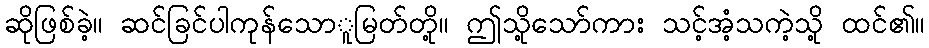
ဆိုဖြစ်ခဲ့။ ဆင်ခြင်ပါကုန်သောူမြတ်တို့။ ဤသို့သော်ကား သင့်အံ့သကဲ့သို့ ထင်၏။